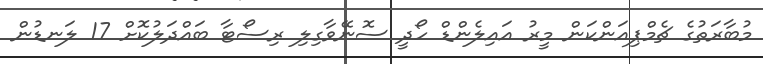
މުބާރަތުގެ ޗެމްޕިއަންކަން މީރު އައިލެންޑް ހޯދީ ސޮނޭވާގިލި ރިސޯޓާ ބައްދަލުކޮށް 17 ލަނޑުން